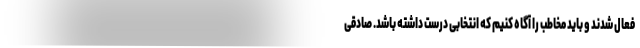
فعال شدند و باید مخاطب را آگاه کنیم که انتخابی درست داشته باشد. صادقی